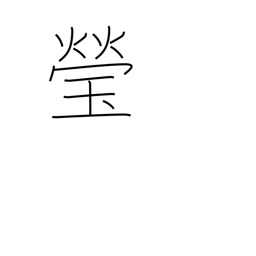
Meaning: clear